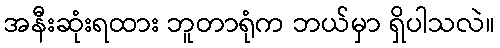
အနီးဆုံးရထား ဘူတာရုံက ဘယ်မှာ ရှိပါသလဲ။